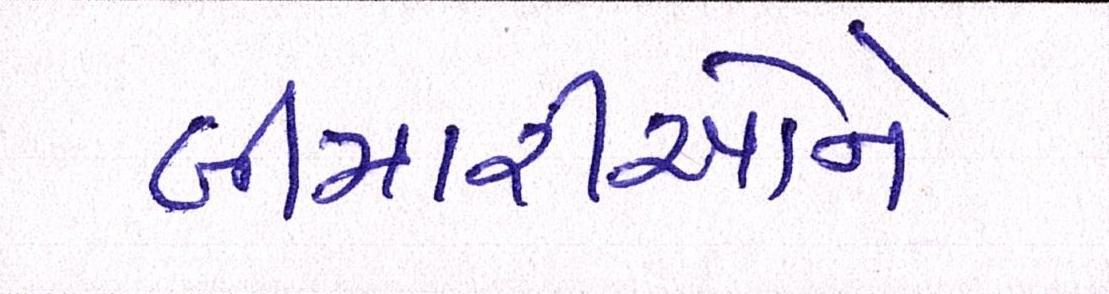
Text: બીમારીઓને